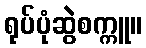
ရုပ်ပုံဆွဲစက္ကူ။